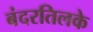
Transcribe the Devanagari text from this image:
बंदरतिलके